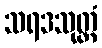
သရဒသုတ္တံ